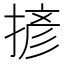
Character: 𢱘